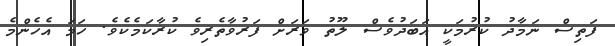
ފަތިސް ނަމާދު ކުރުމަކީ އަބަދުވެސް ލޫތު ވަރަށް ފަރުވާތެރިވެ ކުރާކަމެކެވެ. ހަމަ އެހެންމެ